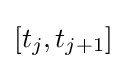
[t_{j},t_{j+1}]